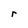
Character: r